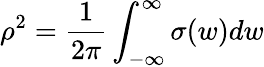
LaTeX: \rho^{2}=\frac{1}{2\pi}\int_{-\infty}^{\infty}\sigma(w)dw